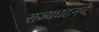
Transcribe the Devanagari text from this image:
राज्यघटनचे